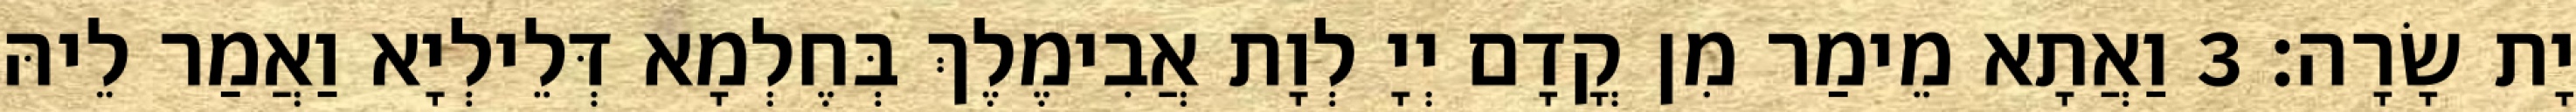
יָת שָׂרָה׃ 3 וַאֲתָא מֵימַר מִן קֳדָם יְיָ לְוָת אֲבִימֶלֶךְ בְּחֶלְמָא דְּלֵילְיָא וַאֲמַר לֵיהּ